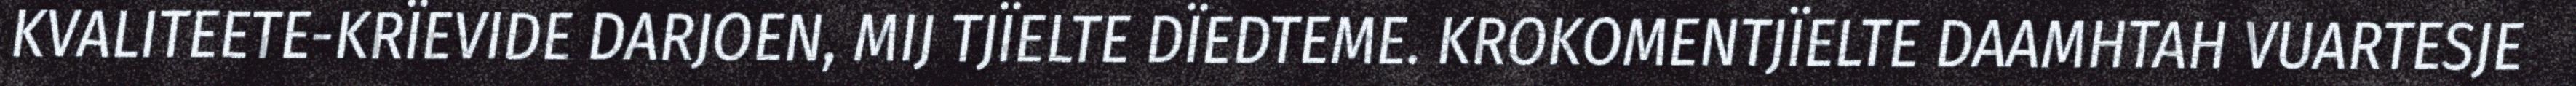
KVALITEETE-KRÏEVIDE DARJOEN, MIJ TJÏELTE DÏEDTEME. KROKOMENTJÏELTE DAAMHTAH VUARTESJE